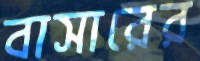
বাসারের